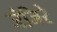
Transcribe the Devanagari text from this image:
जंजिरे